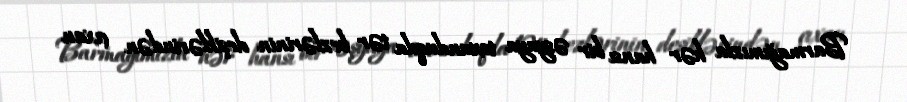
Barmağımızla hər hansı bir əşyaya toxunduqda tər bezlərinin deşiklərindən çıxan